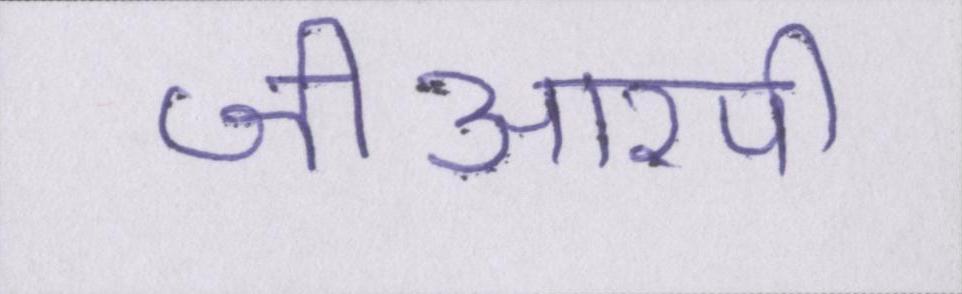
जीआरपी